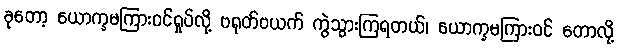
ခုတော့ ယောက္ခမကြားဝင်ရှုပ်လို့ ဗရုတ်ဗယက် ကွဲသွားကြရတယ်၊ ယောက္ခမကြားဝင် တောလို့